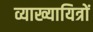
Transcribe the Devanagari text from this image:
व्याख्यायित्रों